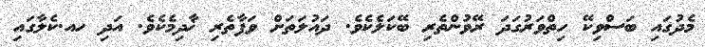
މެދުގައި ބަސްވިކޭ ހިތްވަރުގަދަ ރޭވުންތެރި ބޭކަލެކެވެ. ދައުލަތަށް ވަފާތެރި ޚާދިމެކެވެ. އަދި ހއ.ކެލާގައި